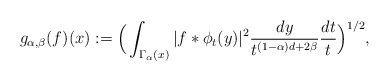
\begin{align*}g_{\alpha,\beta}(f)(x):=\Big(\int_{\Gamma_\alpha(x)} |f \ast \phi_t(y)|^2 \frac{dy}{t^{(1-\alpha)d+2\beta}} \frac{dt}{t}\Big)^{1/2},\end{align*}